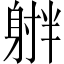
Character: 𪧻